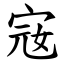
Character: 宼